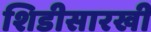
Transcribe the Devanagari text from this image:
शिडीसारखी